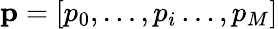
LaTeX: \textbf{p}=[p_{0},…,p_{i}…,p_{M}]